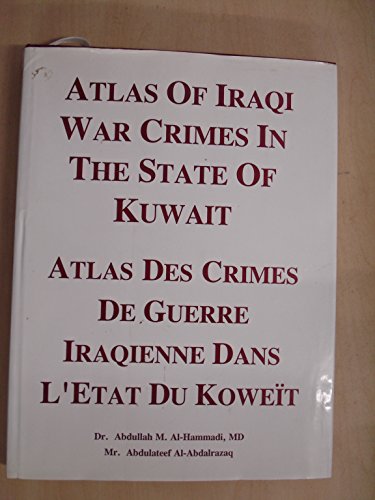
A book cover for Atlas of Iraqi War Crimes in the State of Kuwait; Dr. Abdullah M. And Al-Abdalrazaq, Mr. Abdulateef Al-Hammadi; Travel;